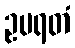
ဥပရတံ